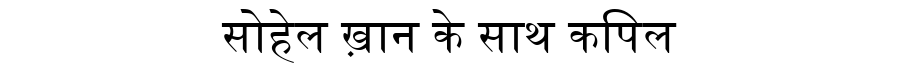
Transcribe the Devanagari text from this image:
सोहेल ख़ान के साथ कपिल